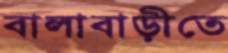
বালাবাড়ীতে